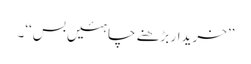
’’خریدار بڑھنے چاہئیں بس‘‘۔